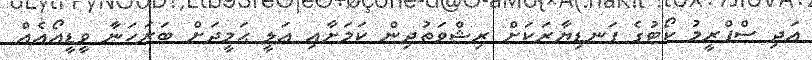
އަދި ސްޕްރީމު ކޯޓުގެ ފަނޑިޔާރަކަށް ރިޝްވަތުދިން ކަމަށާއި ޢަލީ ޙަމީދަށް ބަރަހަނާ ވީޑީއޯއެއް